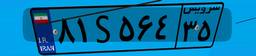
۸۱S۵۶۴۳۵